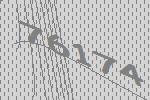
76174